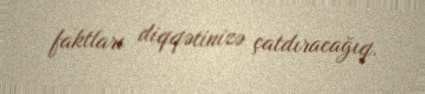
faktları diqqətinizə çatdıracağıq.